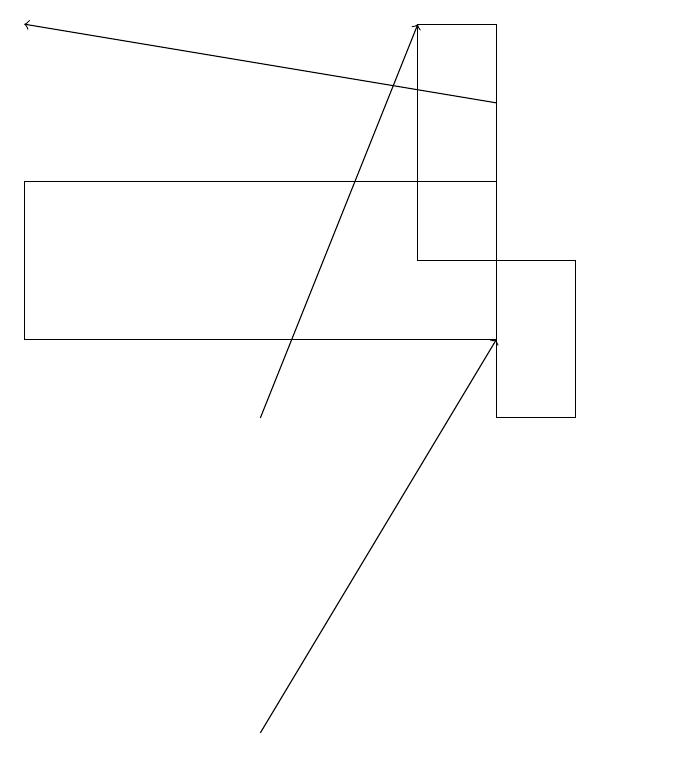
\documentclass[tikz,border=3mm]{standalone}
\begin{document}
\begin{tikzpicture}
\draw (7,19) rectangle (8,16);
\draw[->] (8,18) -- (2,19);
\draw (8,14) rectangle (9,16);
\draw[->] (5,10) -- (8,15);
\draw (8,17) rectangle (2,15);
\draw (10,10) circle (0);
\draw[->] (5,14) -- (7,19);
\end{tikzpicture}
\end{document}